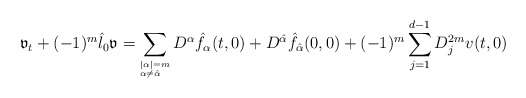
\begin{align*}\mathfrak{v}_t+(-1)^m\hat{\l}_0 \mathfrak{v}=\sum_{^{|\alpha|=m}_{\alpha\neq\hat{\alpha}}}D^{\alpha}\hat{f}_\alpha(t,0)+D^{\hat{\alpha}}\hat{f}_{\hat{\alpha}}(0,0)+(-1)^m\sum_{j=1}^{d-1}D_j^{2m}v(t,0) \end{align*}